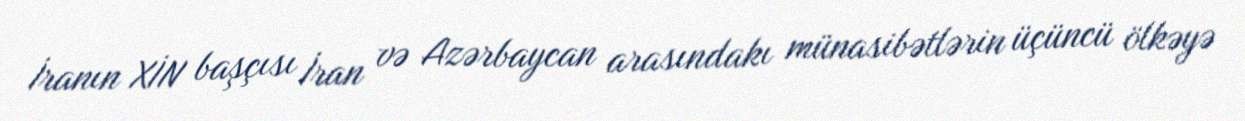
İranın XİN başçısı İran və Azərbaycan arasındakı münasibətlərin üçüncü ölkəyə